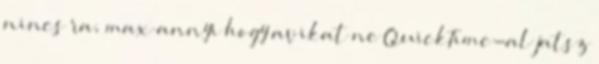
nincs ra, max annyi hogy avikat ne QuickTime-al jatsz